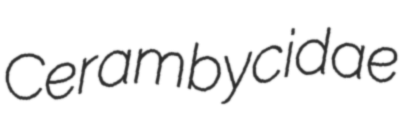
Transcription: Cerambycidae